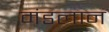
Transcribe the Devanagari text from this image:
मंडलान